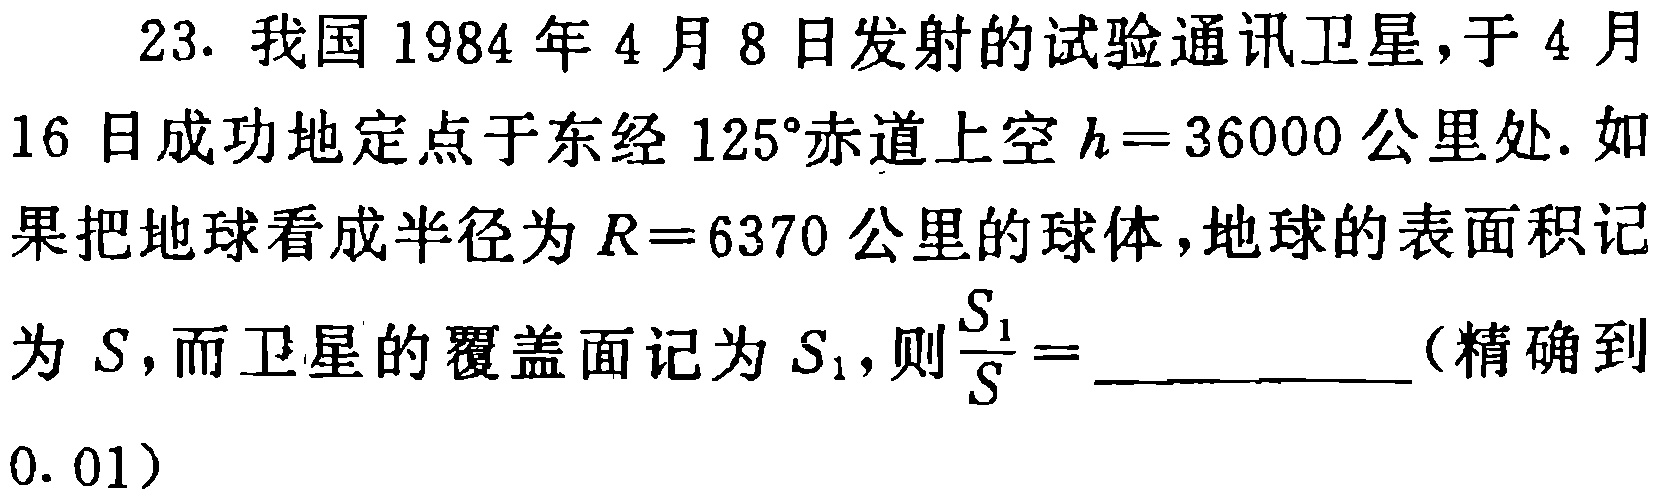
23. 我国1984年4月8日发射的试验通讯卫星，于4月16日成功地定点于东经$125^{\circ}$赤道上空$h = 36000$公里处. 如果把地球看成半径为$R = 6370$公里的球体，地球的表面积记为$S$，而卫星的覆盖面记为$S_{1}$，则$\frac{S_{1}}{S}=$__________（精确到$0.01$）